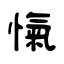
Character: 愾